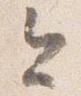
今